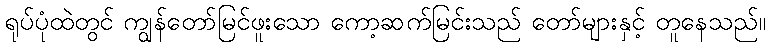
ရုပ်ပုံထဲတွင် ကျွန်တော်မြင်ဖူးသော ကော့ဆက်မြင်းသည် တော်များနှင့် တူနေသည်။